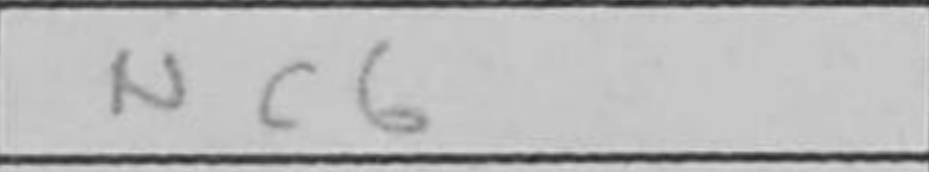
Transcription: Rc6